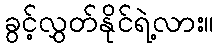
ခွင့်လွှတ်နိုင်ရဲ့လား။